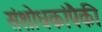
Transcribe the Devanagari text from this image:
संशोधकांपैकी